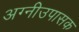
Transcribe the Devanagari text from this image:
अग्नीउपासक